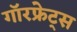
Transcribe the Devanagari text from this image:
गॉरफ्रेट्स